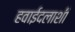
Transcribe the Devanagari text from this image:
हवाईदलाशी